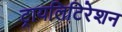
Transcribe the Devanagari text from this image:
ट्रायलिटिरेशन